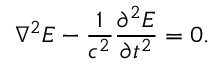
\nabla ^ { 2 } \boldsymbol { E } - \frac { 1 } { c ^ { 2 } } \frac { \partial ^ { 2 } \boldsymbol { E } } { \partial t ^ { 2 } } = 0 .